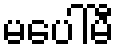
မပေါ်မီ